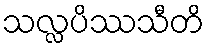
သလ္လပိဿသီတိ